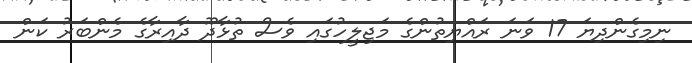
ނިމިގެންދިޔަ 17 ވަނަ ރައްޔިތުންގެ މަޖިލީހުގައި ވެސް ތުޅާދޫ ދާއިރާގެ މެންބަރު ކަން